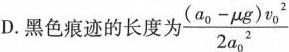
D.黑色痕迹的长度为 $$\frac{(a_{0}- \mu g)v_{0}^{2}}{2a_{0}^{2}}$$